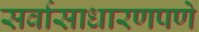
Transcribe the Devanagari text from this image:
सर्वासाधारणपणे